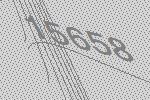
15658